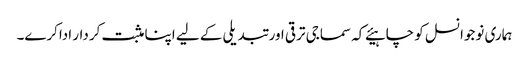
ہماری نوجوانسل کو چاہیئے کہ سماجی ترقی اور تبدیلی کے لیے اپنا مثبت کردار اداکرے۔